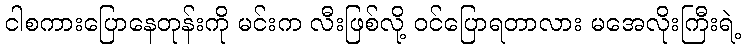
ငါစကားပြောနေတုန်းကို မင်းက လီးဖြစ်လို့ ဝင်ပြောရတာလား မအေလိုးကြီးရဲ့